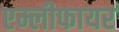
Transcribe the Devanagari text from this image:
एम्लीफायर